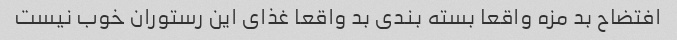
افتضاح بد مزه واقعا بسته بندی بد واقعا غذای این رستوران خوب نیست